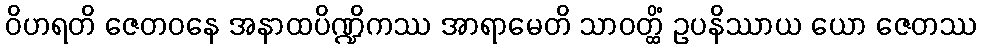
ဝိဟရတိ ဇေတဝနေ အနာထပိဏ္ဍိကဿ အာရာမေတိ သာဝတ္ထိံ ဥပနိဿာယ ယော ဇေတဿ